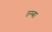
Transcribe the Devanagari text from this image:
तम्बा